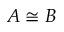
A \cong B